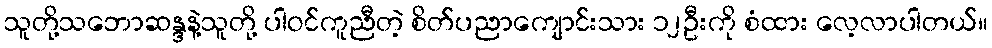
သူတို့သဘောဆန္ဒနဲ့သူတို့ ပါဝင်ကူညီတဲ့ စိတ်ပညာကျောင်းသား ၁၂ဦးကို စံထား လေ့လာပါတယ်။